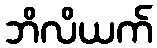
ဘိလိယက်